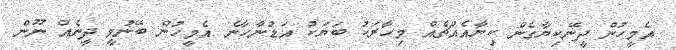
އެމީހުން ދީނޭކިޔާގެން ކިޔާއެއްޗެއް މިހާރަކު ބަޔަކު އަޑުނާހާނެ އެމީހުން ބޭނުމީ ދީނެއް ނޫން